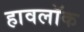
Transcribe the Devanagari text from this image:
हावलॉक